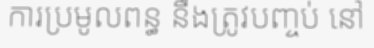
ការប្រមូលពន្ធ នឹងត្រូវបញ្ចប់ នៅ